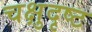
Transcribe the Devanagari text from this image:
चक्षुदृष्ट